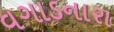
વગાડનારા